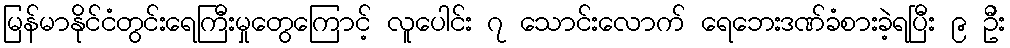
မြန်မာနိုင်ငံတွင်းရေကြီးမှုတွေကြောင့် လူပေါင်း ၇ သောင်းလောက် ရေဘေးဒဏ်ခံစားခဲ့ရပြီး ၉ ဦး